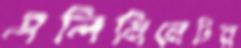
এলিমিনেটর